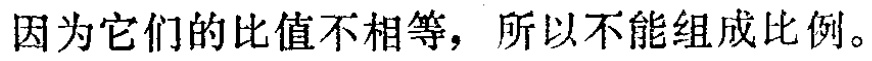
因为它们的比值不相等，所以不能组成比例。